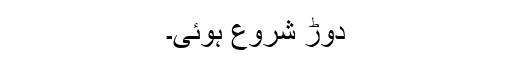
دوڑ شروع ہوئی۔